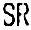
SR